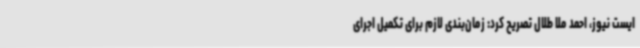
ایست نیوز، احمد ملا طلال تصریح کرد: زمان‌بندی لازم برای تکمیل اجرای